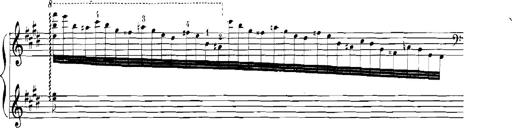
Title: Rhapsodies hongroises
Composer: Franz Liszt